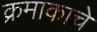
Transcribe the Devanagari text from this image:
क्रमाकाचे